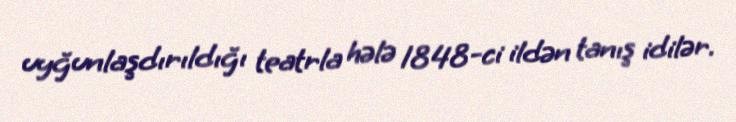
uyğunlaşdırıldığı teatrla hələ 1848-ci ildən tanış idilər.